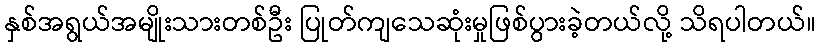
နှစ်အရွယ်အမျိုးသားတစ်ဦး ပြုတ်ကျသေဆုံးမှုဖြစ်ပွားခဲ့တယ်လို့ သိရပါတယ်။